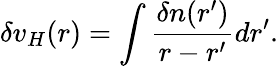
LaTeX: \delta v_{H}(r)=\int\frac{\delta n(r^{\prime})}{r-r^{\prime}}dr^{\prime}.